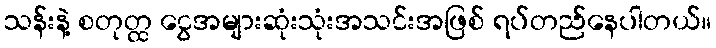
သန်းနဲ့ စတုတ္ထ ငွေအများဆုံးသုံးအသင်းအဖြစ် ရပ်တည်နေပါတယ်။